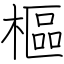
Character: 樞